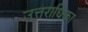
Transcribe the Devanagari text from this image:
उत्तराधिका